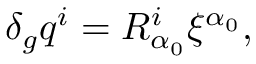
\delta _ { g } q ^ { i } = R _ { \alpha _ { 0 } } ^ { i } \xi ^ { \alpha _ { 0 } } ,